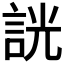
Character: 𧧯